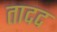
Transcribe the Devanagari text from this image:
तादद